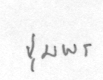
ชุมพร